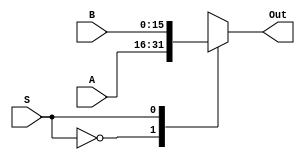
`timescale 1ns / 1ps
//////////////////////////////////////////////////////////////////////////////////
// Company: 
// Engineer: 
// 
// Design Name: 
// Module Name:    Mux_2x1 
// Project Name: 
// Target Devices: 
// Tool versions: 
// Description: 
//
// Dependencies: 
//
// Revision: 
// Revision 0.01 - File Created
// Additional Comments: 
//
//////////////////////////////////////////////////////////////////////////////////
module Mux_2x1(
    input [15:0] A,
    input [15:0] B,
    input S,
    output reg [15:0] Out
    );
	 
	 always @ (A or B or S) begin
	 
		case(S)
			1'b0: Out <= A;
			1'b1: Out <= B;
		endcase
		
	 end

endmodule